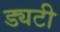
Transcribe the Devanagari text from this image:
ड्यटी